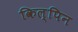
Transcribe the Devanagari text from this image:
किल्पिन